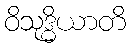
ဝိသုဒ္ဓိယာတိ